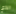
الذي